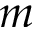
m